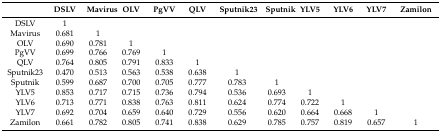
<table><thead><tr><td></td><td><b>DSLV</b></td><td><b>Mavirus</b></td><td><b>OLV</b></td><td><b>PgVV</b></td><td><b>QLV</b></td><td><b>Sputnik23</b></td><td><b>Sputnik</b></td><td><b>YLV5</b></td><td><b>YLV6</b></td><td><b>YLV7</b></td><td><b>Zamilon</b></td></tr></thead><tbody><tr><td>DSLV</td><td>1</td><td></td><td></td><td></td><td></td><td></td><td></td><td></td><td></td><td></td><td></td></tr><tr><td>Mavirus</td><td>0.681</td><td>1</td><td></td><td></td><td></td><td></td><td></td><td></td><td></td><td></td><td></td></tr><tr><td>OLV</td><td>0.690</td><td>0.781</td><td>1</td><td></td><td></td><td></td><td></td><td></td><td></td><td></td><td></td></tr><tr><td>PgVV</td><td>0.699</td><td>0.766</td><td>0.769</td><td>1</td><td></td><td></td><td></td><td></td><td></td><td></td><td></td></tr><tr><td>QLV</td><td>0.764</td><td>0.805</td><td>0.791</td><td>0.833</td><td>1</td><td></td><td></td><td></td><td></td><td></td><td></td></tr><tr><td>Sputnik23</td><td>0.470</td><td>0.513</td><td>0.563</td><td>0.538</td><td>0.638</td><td>1</td><td></td><td></td><td></td><td></td><td></td></tr><tr><td>Sputnik</td><td>0.599</td><td>0.687</td><td>0.700</td><td>0.705</td><td>0.777</td><td>0.783</td><td>1</td><td></td><td></td><td></td><td></td></tr><tr><td>YLV5</td><td>0.853</td><td>0.717</td><td>0.715</td><td>0.736</td><td>0.794</td><td>0.536</td><td>0.693</td><td>1</td><td></td><td></td><td></td></tr><tr><td>YLV6</td><td>0.713</td><td>0.771</td><td>0.838</td><td>0.763</td><td>0.811</td><td>0.624</td><td>0.774</td><td>0.722</td><td>1</td><td></td><td></td></tr><tr><td>YLV7</td><td>0.692</td><td>0.704</td><td>0.659</td><td>0.640</td><td>0.729</td><td>0.556</td><td>0.620</td><td>0.664</td><td>0.668</td><td>1</td><td></td></tr><tr><td>Zamilon</td><td>0.661</td><td>0.782</td><td>0.805</td><td>0.741</td><td>0.838</td><td>0.629</td><td>0.785</td><td>0.757</td><td>0.819</td><td>0.657</td><td>1</td></tr></tbody></table>